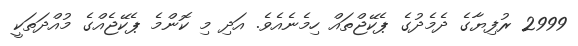
2999 ރުފިޔާގެ ދެމެދުގެ ޕެކޭޖްތައް ހިމެނެއެވެ. އަދި މި ކޮންމެ ޕެކޭޖެއްގެ މުއްދަތަކީ